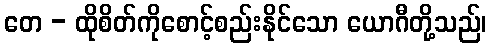
တေ - ထိုစိတ်ကိုစောင့်စည်းနိုင်သော ယောဂီတို့သည်၊